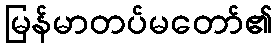
မြန်မာတပ်မတော်၏